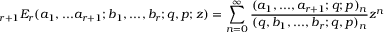
\displaystyle { } _ { r + 1 } E _ { r } ( a _ { 1 } , . . . a _ { r + 1 } ; b _ { 1 } , . . . , b _ { r } ; q , p ; z ) = \sum _ { n = 0 } ^ { \infty } { \frac { ( a _ { 1 } , . . . , a _ { r + 1 } ; q ; p ) _ { n } } { ( q , b _ { 1 } , . . . , b _ { r } ; q , p ) _ { n } } } z ^ { n }